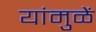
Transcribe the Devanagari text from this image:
यांमुळें